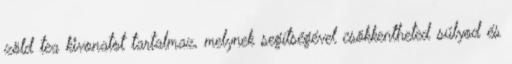
zöld tea kivonatot tartalmaz, melynek segítségével csökkentheted súlyod és